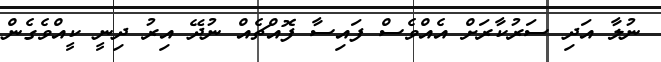
ނުލާ އަދި ސަރުކާރަށް އެއްވެސް ފައިސާ ފޮއްޗެއް ނުދޭ އިރު ދިނީ ކީއްވެގެން